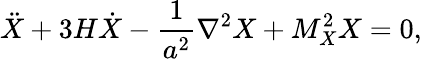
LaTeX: \ddot{X}+3H\dot{X}-\frac{1}{a^{2}}\nabla^{2}X+M_{X}^{2}X=0,